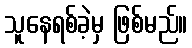
သူနေရစ်ခဲ့မှ ဖြစ်မည်။